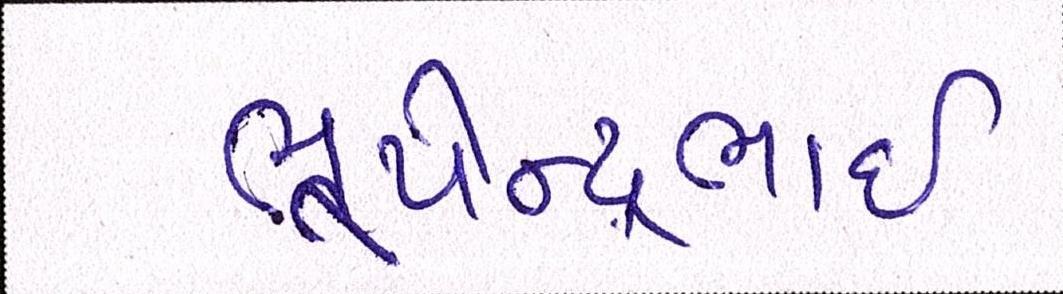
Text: ભૂપેન્દ્રભાઈ